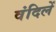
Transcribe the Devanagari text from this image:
वंदिलें